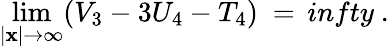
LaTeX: \operatorname*{lim}_{\vert{\mathbf x}\vert\rightarrow\infty}(V_{3}-3U_{4}-T_{4})\ =\, infty\ .